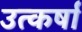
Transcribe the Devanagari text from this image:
उत्कर्षा